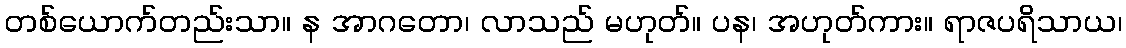
တစ်ယောက်တည်းသာ။ န အာဂတော၊ လာသည် မဟုတ်။ ပန၊ အဟုတ်ကား။ ရာဇပရိသာယ၊